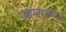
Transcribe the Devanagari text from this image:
उच्चमाध्यामीक